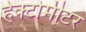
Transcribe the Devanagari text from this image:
हेक्टोमीटर